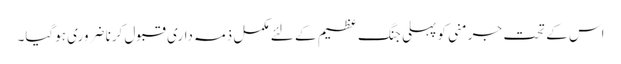
اس کے تحت جرمنی کو پہلی جنگ ‏عظیم کے لئے مکمل ذمہ داری قبول کرنا ضروری ہوگیا۔